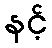
နင့်